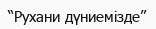
“Рухани дүниемізде”